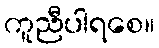
ကူညီပါရစေ။